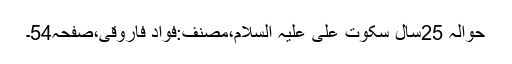
حوالہ 25سال سکوتِ علی علیہ السلام،مصنف:فواد فاروقی،صفحہ54۔